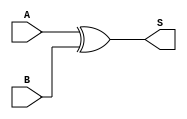
module xor_gate (
    input wire A,
    input wire B,
    output wire S
);
    assign S = A ^ B; // Sum output (A XOR B)
endmodule